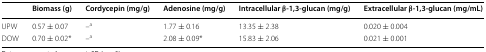
<table><thead><tr><td></td><td><b>Biomass (g)</b></td><td><b>Cordycepin (mg/g)</b></td><td><b>Adenosine (mg/g)</b></td><td><b>Intracellular β-1,3-glucan (mg/g)</b></td><td><b>Extracellular β-1,3-glucan (mg/mL)</b></td></tr></thead><tbody><tr><td>UPW</td><td>0.57 ± 0.07</td><td>–<sup>a</sup></td><td>1.77 ± 0.16</td><td>13.35 ± 2.38</td><td>0.020 ± 0.004</td></tr><tr><td>DOW</td><td>0.70 ± 0.02*</td><td>–<sup>a</sup></td><td>2.08 ± 0.09*</td><td>15.83 ± 2.06</td><td>0.021 ± 0.001</td></tr></tbody></table>